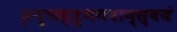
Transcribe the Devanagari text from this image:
कृष्णस्तुभगवान्स्वयं